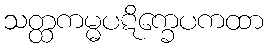
သတ္ထကမ္မပဋိက္ခေပကထာ